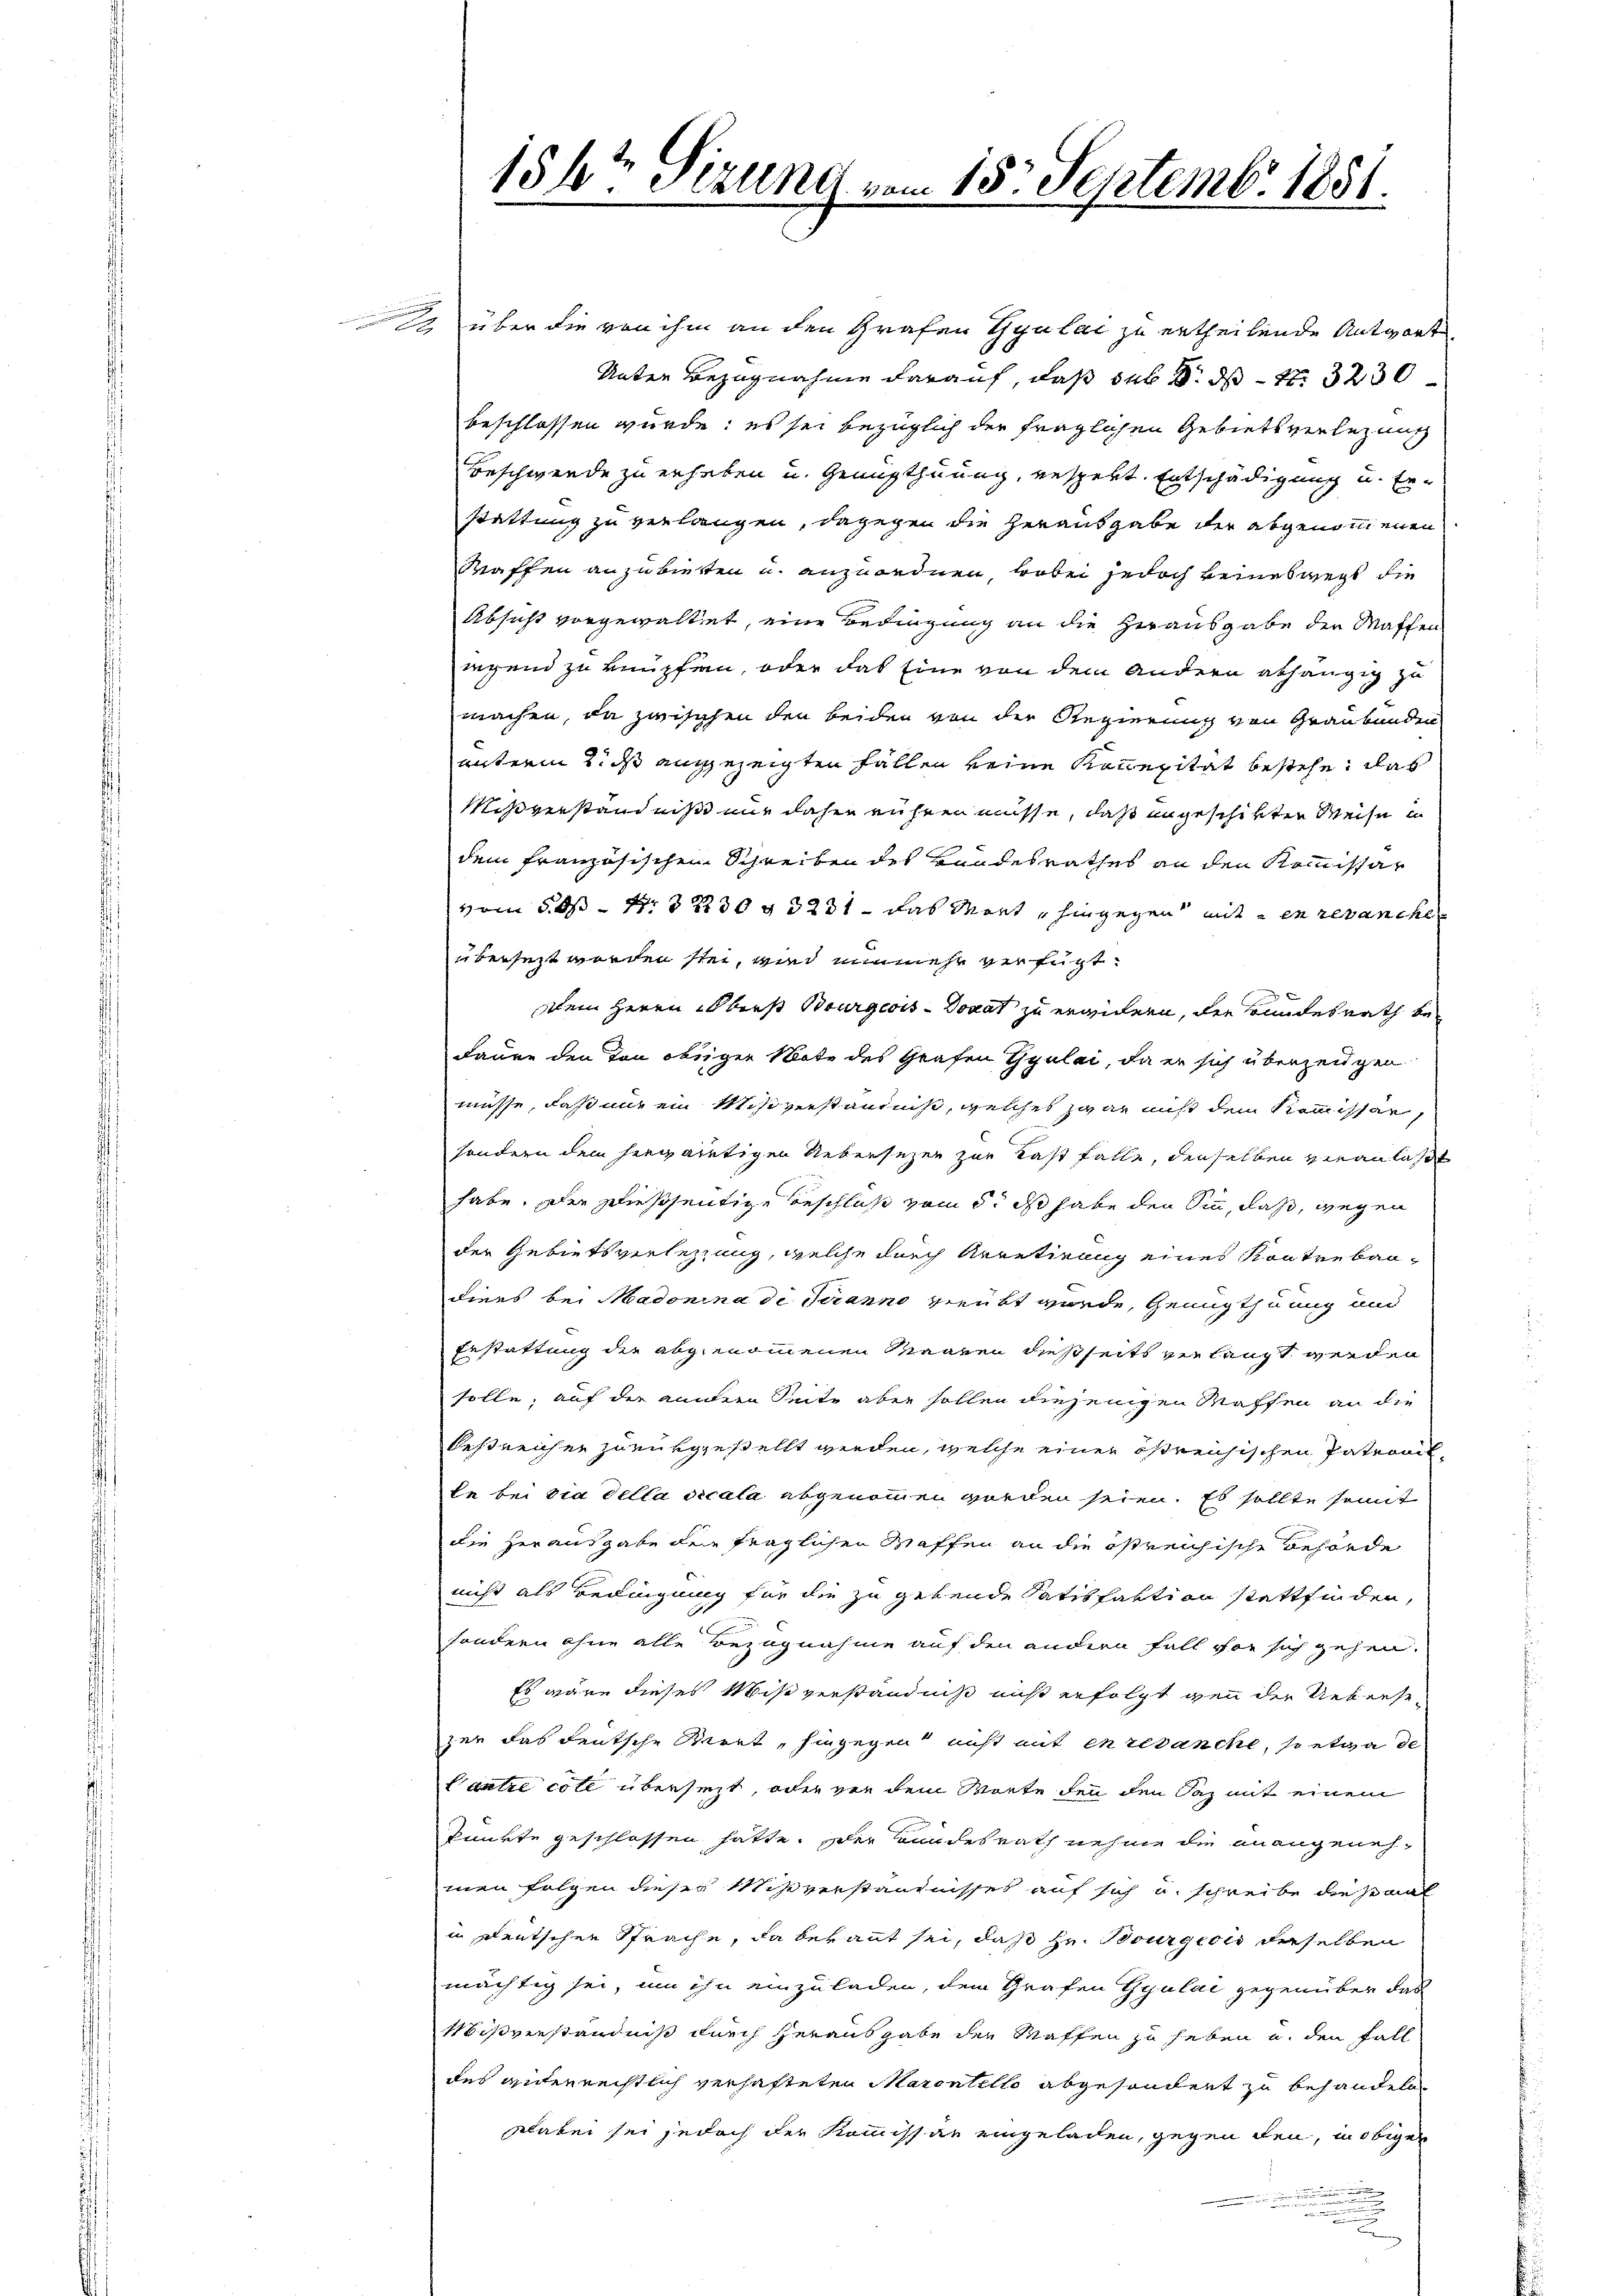
über die von ihm an den Grafen Gyalai zu ertheilende Antwort
Unter Bezugnahme darauf, das sub d. d. 3230
beschlossen wurde; es sei bezüglich der fraglichen Gebiets verlegung
Beschwerde zu erhaben u. Genugthuung, gespekt. Entschädigung u. Er-
stattung zu verlangen, dagegen die Herausgabe der abgenommenen
Kaffen anzubierten u. anzuordnen, wobei jedoch keineswegs die
Absicht vorgewaltet, eine Bedingung an die Herausgabe der Maften
iegend zu knüpfen, oder das Eine von dem andern abhängig zu
machen, da zwischen den beiden von der Regierung von Graubünden
unterm 2. ds angezeigten Fällen keine Koncepität bestehe, das
Mißverständniß nur daher rühren müsse, daß angeschikten Weise in
dem französischen Schreiben des Handesrathes an den Kommissar
vom 5. ds N. 32230 § 3231 - das Mort, hingegen mit en revanche
übersezt worden sei, wird nunmehr verfügt:
Dem Herrn Oberst Bourgeois Donat zu erwidern, der Bundesrath be¬
Faure den Ton obrigen Note des Grafen Gyalai, da er sich überzeugen
müsse, daß nur ein Missverständniß, welches zwar nicht dem Kommissär,
sondern dem herwärtigen Uebersezen zur Last falle, denselben veranlaßt
habe. Der dießseitige Beschluß vom 5. ds habe den Sinn, daß, wegen
der Gebietsverletzung, welche durch Arretirung eines Kontrebau-
diees bei Madonina di Stranno verübt wurde, Genugthuung und
Erstattung der abgenommenen Maaren dießseits verlangt werden
solle, auf der untern Seite aber sollen diejenigen Waffen an die
bestreichen zuersgestellt werden, welche einer ößrenischen Paterait
te bei sia della vicala abgenommen worden seien. Es sollte somit
die herausgabe der fraglichen Waffen an die östreichische Behörde
nicht als Bedingung für die zu gebende Satisfaktion stattfinden,
sondern ohne alle Bezugnahme auf den andern Fall vor sich gehen.
Es wäre dieses Mißverständniß nicht erfolgt wenn der Ueberse
zer das deutsche Beret, hingegen nicht mit en revanche, so etwa de
Vantre coll übersicht, oder von dem Worte den den daz mit einem
Punkte geschlossen hatte. Der Bundesrath nehme die unangenehmen folgen dieser Mißverständnisses auf sich u. schreibe diesmal
in Deutschen Sprache, da bekannt sei, daß Hr. Bourgicis derselben
mächtig sei, um ihn einzuladen, dem Grafen Gyulai gegenüber das
Mißverständniß durch herausgabe der Waffen zu heben u. den Fall
des güterrechtlich verhafteten Marentello abgesondert zu behandeln.
Dabei sei jedoch der Kommissär eingeladen, gegen den, in obigen
.
.
e

156t Sizung vom 15. Septemb. 1851.